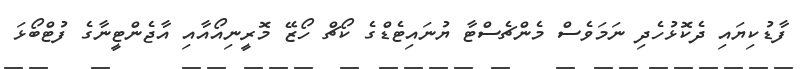
ފާޑުކިޔައި ދެކޮޅުހެދި ނަމަވެސް މެންޗެސްޓާ ޔުނައިޓެޑްގެ ކޯޗް ހޯޒޭ މޮރީނިއޯއާއި އާޖެންޓީނާގެ ފުޓްބޯޅަ